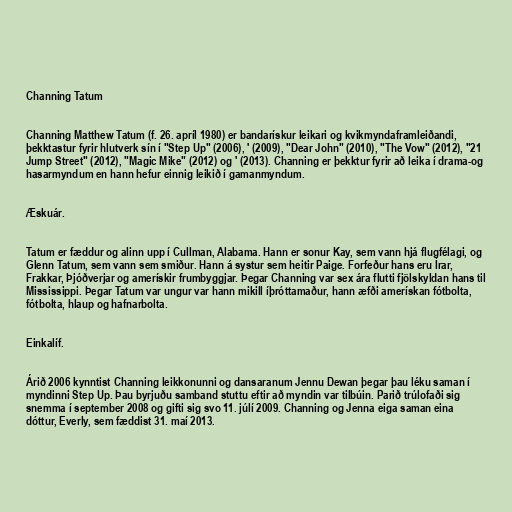
Channing Tatum

Channing Matthew Tatum (f. 26. apríl 1980) er bandarískur leikari og kvikmyndaframleiðandi,
þekktastur fyrir hlutverk sín í "Step Up" (2006), ' (2009), "Dear John" (2010), "The Vow" (2012), "21
Jump Street" (2012), "Magic Mike" (2012) og ' (2013). Channing er þekktur fyrir að leika í drama-og
hasarmyndum en hann hefur einnig leikið í gamanmyndum.

Æskuár.

Tatum er fæddur og alinn upp í Cullman, Alabama. Hann er sonur Kay, sem vann hjá flugfélagi, og
Glenn Tatum, sem vann sem smiður. Hann á systur sem heitir Paige. Forfeður hans eru Írar,
Frakkar, Þjóðverjar og amerískir frumbyggjar. Þegar Channing var sex ára flutti fjölskyldan hans til
Mississippi. Þegar Tatum var ungur var hann mikill íþróttamaður, hann æfði amerískan fótbolta,
fótbolta, hlaup og hafnarbolta.

Einkalíf.

Árið 2006 kynntist Channing leikkonunni og dansaranum Jennu Dewan þegar þau léku saman í
myndinni Step Up. Þau byrjuðu samband stuttu eftir að myndin var tilbúin. Parið trúlofaði sig
snemma í september 2008 og gifti sig svo 11. júlí 2009. Channing og Jenna eiga saman eina
dóttur, Everly, sem fæddist 31. maí 2013.